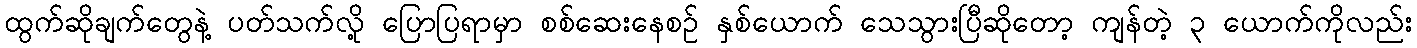
ထွက်ဆိုချက်တွေနဲ့ ပတ်သက်လို့ ပြောပြရာမှာ စစ်ဆေးနေစဉ် နှစ်ယောက် သေသွားပြီဆိုတော့ ကျန်တဲ့ ၃ ယောက်ကိုလည်း